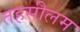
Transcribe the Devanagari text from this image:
तहसीलम